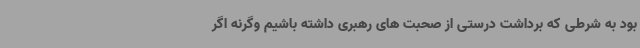
بود به شرطی که برداشت درستی از صحبت های رهبری داشته باشیم وگرنه اگر